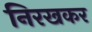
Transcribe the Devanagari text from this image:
निरखकर